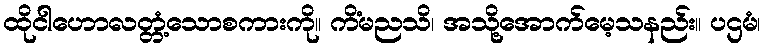
ထိုငါဟောလတ္တံ့သောစကားကို။ ကိံမညသိ၊ အသို့အောက်မေ့သနည်း။ ပဌမံ၊